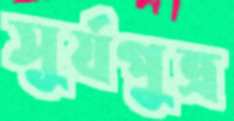
সূর্যপুত্র